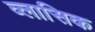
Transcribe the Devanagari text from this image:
व्लासिक